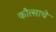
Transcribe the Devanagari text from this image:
कौत्साचे